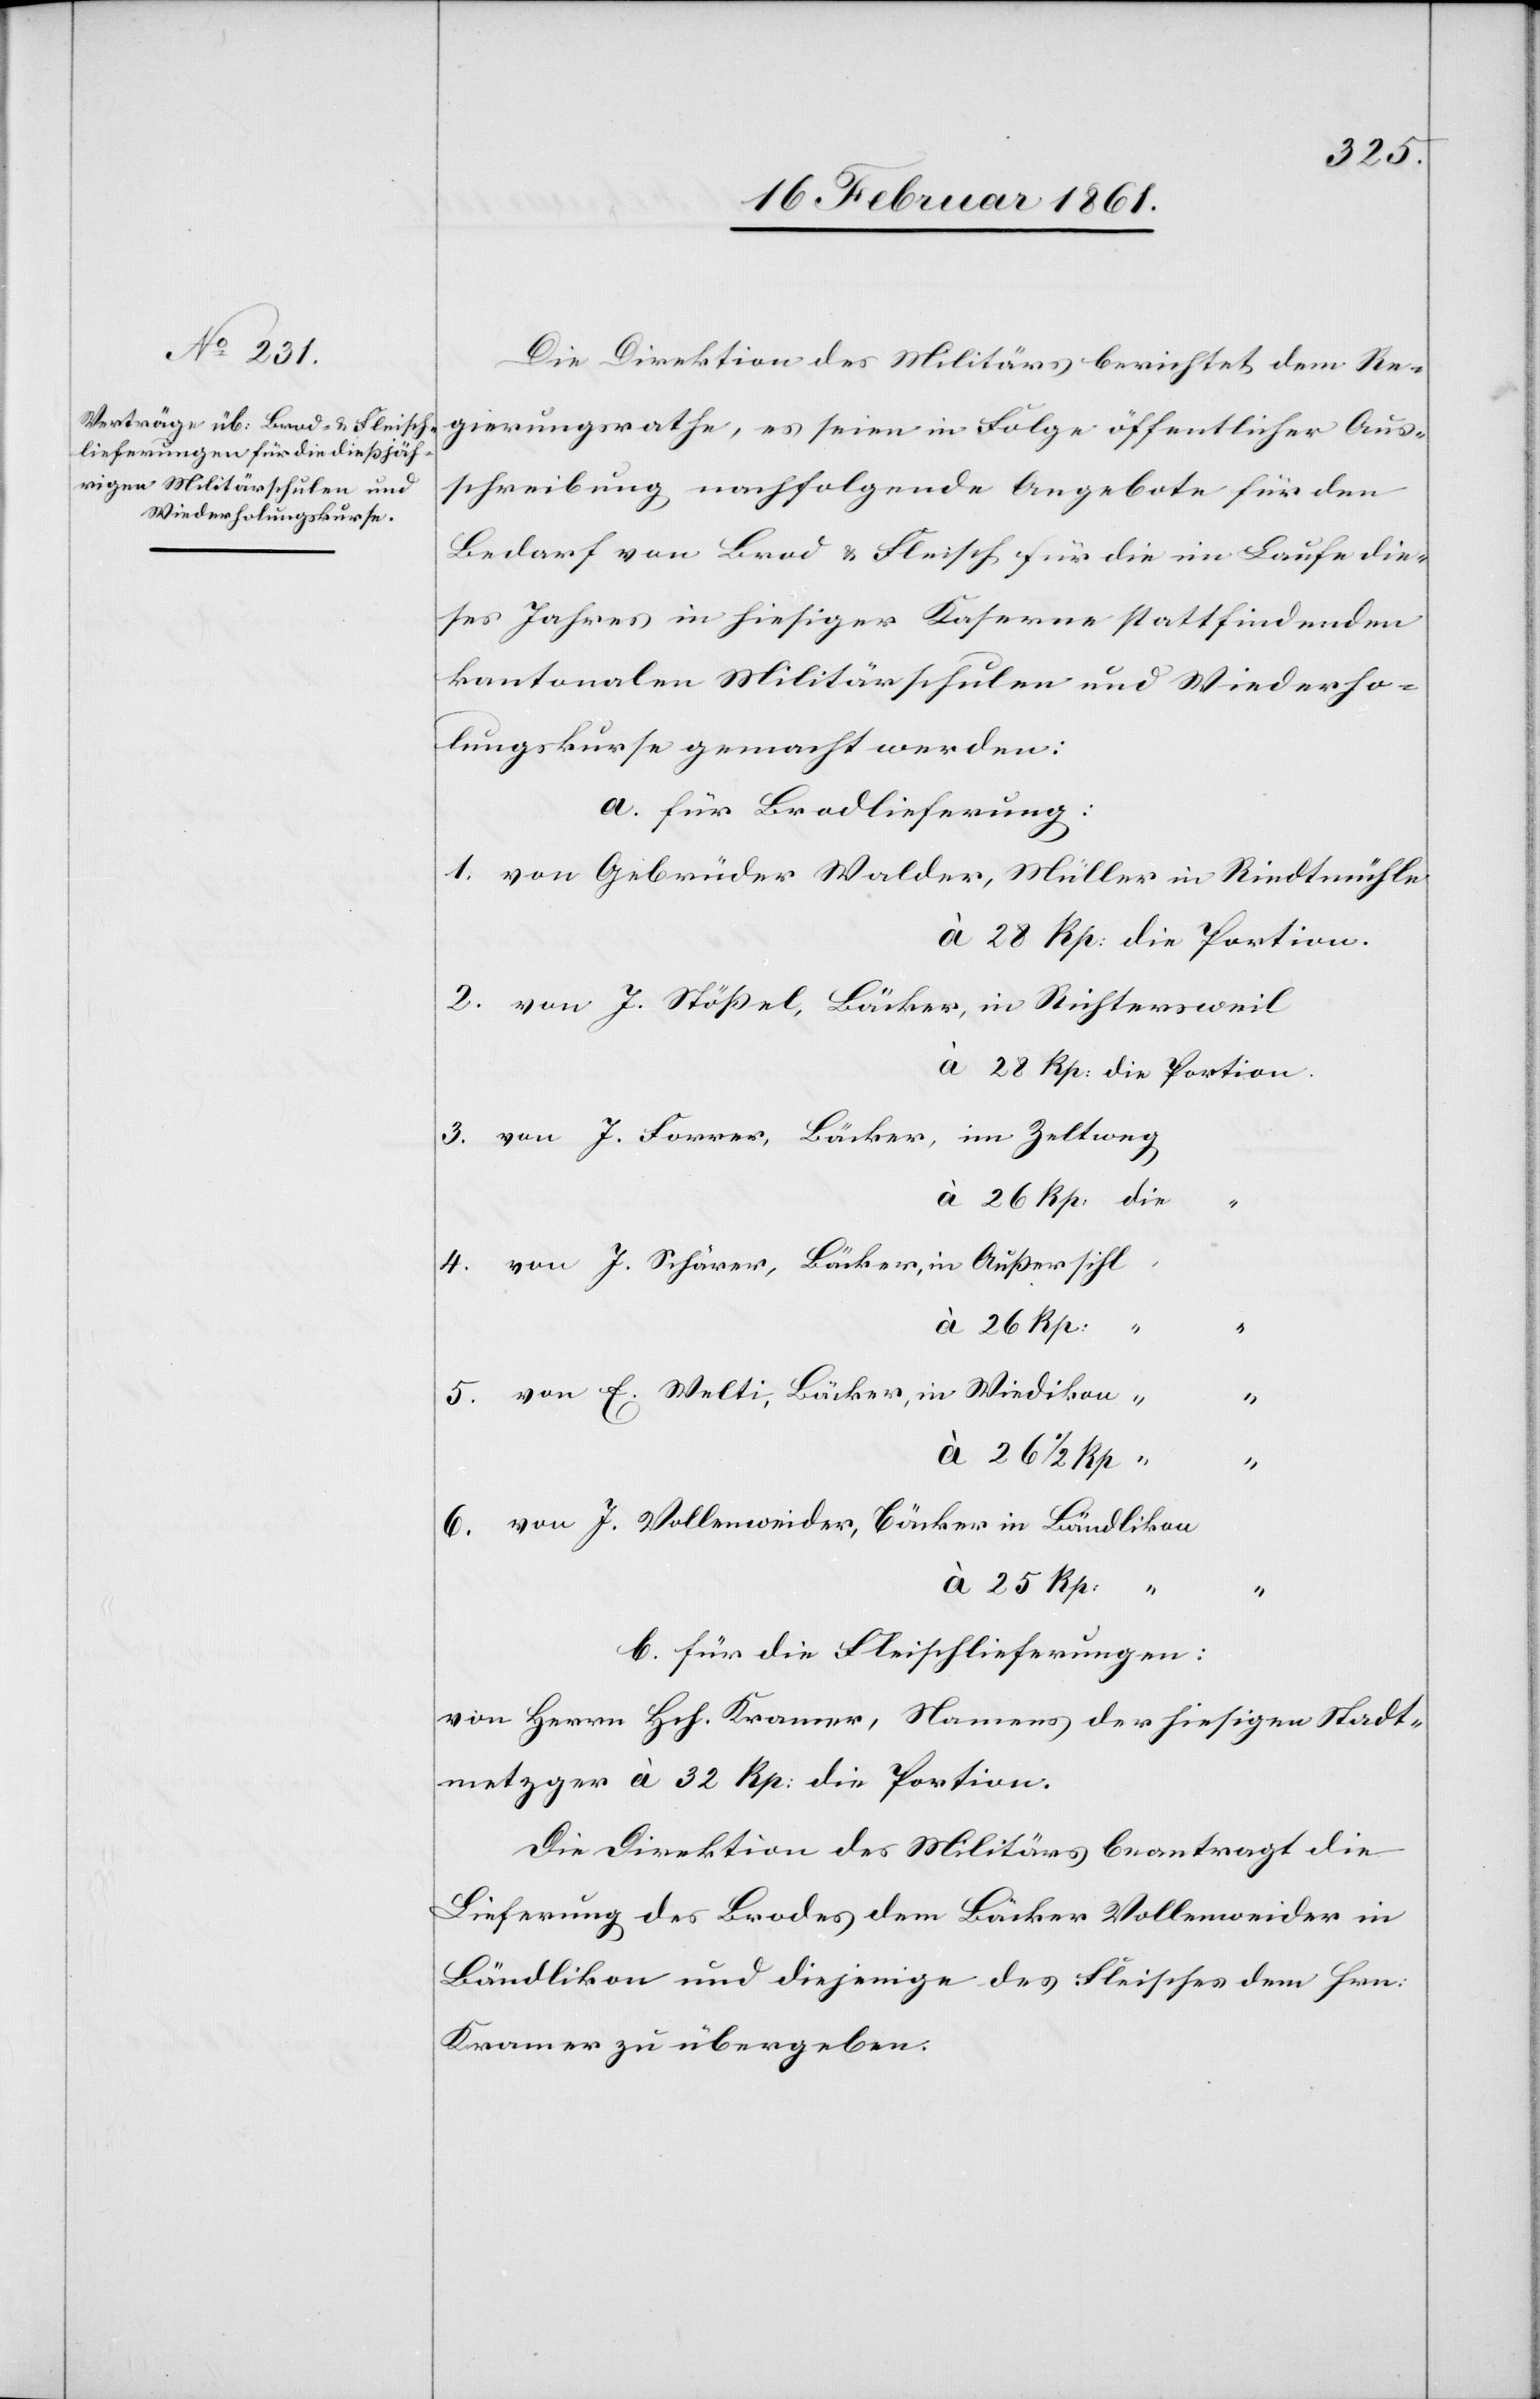
Die Direktion des Militärs berichtet dem Re¬
gierungsrathe, es seien in Folge öffentlicher Aus¬
schreibung nachfolgende Angebote für den
Bedarf von Brod u. Fleisch für die im Laufe die¬
ses Jahres in hiesiger Kaserne stattfindenden
kantonalen Militärschulen und Wiederho¬
lungskurse gemacht werden:
a. für Brodlieferung:
1. von Gebrüder Walder, Müller in Riethmühle
2. von J. Stößel, Bäcker, in Richtersweil
3. von J. Forrer, Bäcker, im Zeltweg,
4. von J. Schärer, Bäcker, in Aussersihl
à 26 Rp.
“
5. von E. Welti, Bäcker in Wiedikon
à 26 1/2 Rp
“
6. von J. Vollenweider, Bäcker in Bändlikon
à 25 Rp:
“
b. für die Fleischlieferungen:
von Herrn Hch. Kramer, Namens der hiesigen Stadt¬
metzger à 32 Rp. die Portion.
Die Direktion des Militärs beantragt die
Lieferung des Brodes dem Bäcker Vollenweider in
Bändlikon und diejenige des Fleisches dem Hrn.
Kramer zu übergeben.